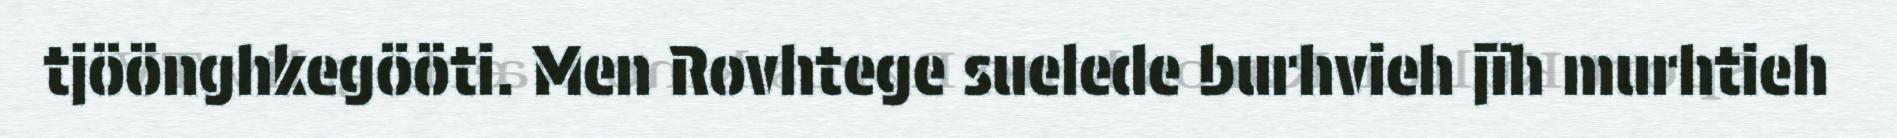
tjöönghkegööti. Men Rovhtege suelede burhvieh jïh murhtieh